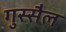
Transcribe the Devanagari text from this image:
गुस्‍सैल